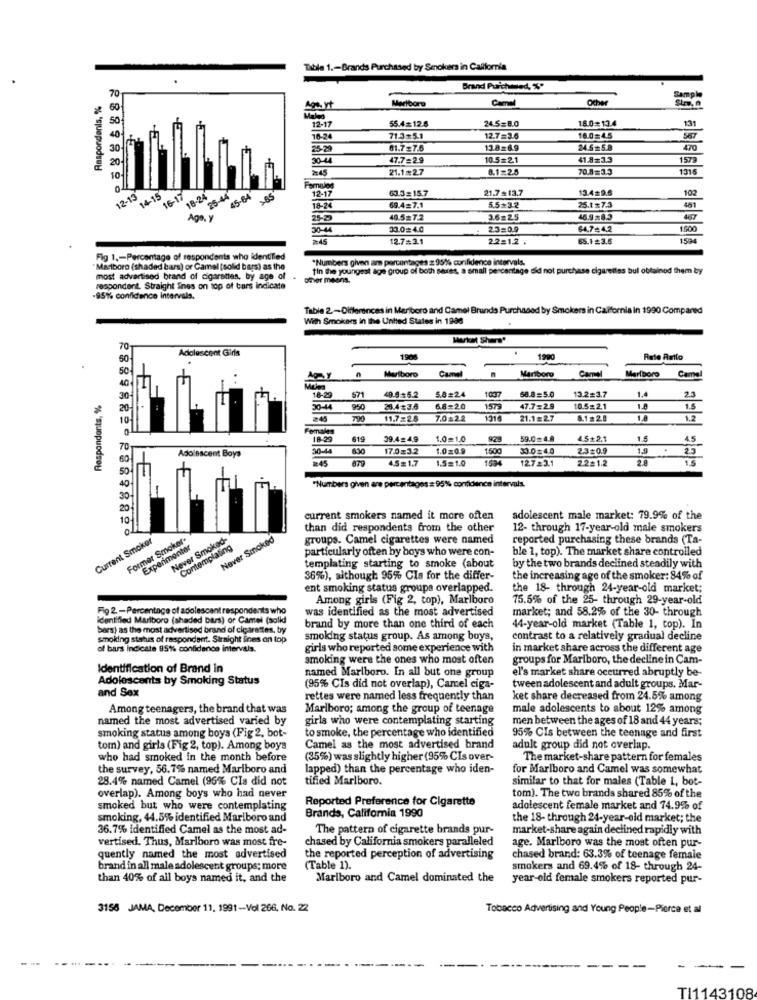
Table 1 .- Brands Purchased by Smokers in California
Brand Purchased, %"
Sample
Respondents, %
Marlboro
Carmel
Other
12-17
55.4=12.6
24.5=8.0
18.0= 13.4
1.31
16-24
71.3 5.1
12.7=3.6
18.0=4.5
25-29
01.7=7.6
13.8=69
24.5=5.8
470
30-44
47.7=29
10.5=2.1
41.8=3.3
1579
2145
21.1=27
8.1=2.5
70.8=3.3
1315
12-15
14-15
16-17
25-44
Formale
12-17
63.3 = 15.7
21.7.13.7
13.4#9.6
102
18-24
45-64
18-24
69.4=7.1
5.5=32
25.1 $ 7.3
481
40.5=7.2
3.6=25
46.9 .8.3
33.0=4.0
2.3=0.9
64.7= 4,2
1600
12.7=3.1
2.2=1.2 .
65.1=3.6
1534
Fig 1 .- Percentage of respondents who identified
*Numbers given am percentages z 95% confidence intervals.
"Maciboro (shaded bars) or Camel (solid bars) as the
tin the youngest age group of both seres, a small percentage did not purchase cigarettes bul obtainod them by
most advertised brand of cigarsties, by age of .
other means.
respondent. Straight Snes on top of tars indicate
85%% confidence intervals.
Table 2-Differences in Marlboro and Camel Brunds Purchased by Smokers in California in 1990 Compared
With Smokers in the United States in 1986
70-
Adolescent Girls
1906
1990
Rete Ratio
Marlboro
Camel
Marlboro
Camel
Marlboro
Camel
5.8#24
103
1.4
Respondents, %
18-29
571
40.9+5.2
58.8=5.0
13.2#3.7
2.3
30-44
950
25.4 ¢3.6
6.8=20
1575
47.7=29
10.5=21
1.5
245
700
11.7=2.5
7.0422
21.1=2.7
8.1 #28
Females
18-29
619
39.4.4.9
1.0=10
59.0=4.8
45+2.1
1.5
4.5
30-44
630
17.0=3.2
1.0209
150
33.0#4.0
2.3#0.9
1,9
.
23
Adolescent Boys
4.5= 1.7
1.5=1.0
1534
12.7 23.1
2.221.2
2.8
1.5
"Numbers given are percentages # 95% confidence intervals.
current smokers named it more often
adolescent male market: 79.9% of the
than did respondents from the other
12- through 17-year-old male smokers
Current Smoker
Former Smoker-
Never Smoked-
Never Smoked
groups. Camel cigarettes were named
reported purchasing these brands (Ta-
Experimentar
Contemplating
particularly often by boys who were con-
ble 1, top). The market share controlled
templating starting to smoke (about
by the two brands declined steadily with
36%), although 95% Cla for the differ-
the increasing age of the smoker: 84% of
ent smoking status groups overlapped.
the 18- through 24-year-old market;
Among girls (Fig 2, top), Marlboro
75.5% of the 25- through 29-year-old
Fig 2. - Percentage of adolescent respondents who
market; and 58.2% of the 30- through
identifled Marlboro (shaded bars) or Camel (solki
was identified as the most advertised
bars) as the most advertised brand of cigarettes, by
brand by more than one third of each
44-year-old market (Table 1, cop). In
Smoking status of respondent. Straight lines on top
smoking status group. As among boys,
contrast to a relatively gradual decline
of bars indicate 95% confidence intervals.
girls who reported some experience with
in market share across the different age
smoking were the ones who most often
groups for Marlboro, the decline in Cam-
Identification of Brand in
named Marlboro. In all but one group
el's market share occurred abruptly be-
Adolescents by Smoking Status
and Sex
(95% CIs did not overlap), Camel ciga-
tween adolescent and adult groups. Mar-
rettes were named less frequently than
ket share decreased from 24.5% among
Among teenagers, the brand that was
Marlboro; among the group of teenage
male adolescents to about 12% among
named the most advertised varied by
girls who were contemplating starting
men between the ages of 18 and 44 years;
to smoke, the percentage who identified
smoking status among boys (Fig 2, bot-
95% CIs between the teenage and first
tom) and girls (Fig 2, top). Among boys
Camel as the most advertised brand
adult group did not overlap.
who had smoked in the month before
(35%) was slightly higher (95% CIs over-
The market-share pattern for females
the survey, 56.7% named Marlboro and
lapped) than the percentage who iden-
for Marlboro and Camel was somewhat
28.4% named Camel (96% CIa did not
tified Marlboro.
similar to that for males (Table 1, bot-
overlap). Among boys who had never
Reported Preference for Cigarette
tom). The two brands shared 85% of the
smoked but who were contemplating
adolescent female market and 74.9% of
smoking, 44.5% identified Marlboro and
Brands, California 1990
the 18- through 24-year-old market; the
36.7% identified Camel as the most ad-
The pattern of cigarette brands pur-
market-share again declined rapidly with
vertised. Thus, Marlboro was most fre-
chased by California smokers paralleled
age. Marlboro was the most often pur-
quently named the most advertised
the reported perception of advertising
chased brand: 63.3% of teenage female
brand in all male adolescent groups; more
(Table 1).
smokers and 69.4% of 18- through 24-
than 40% of all boys named it, and the
Marlboro and Camel dominated the
year-old female smokers reported pur-
3156 JAMA, December 11, 1991-Vol 266, No. 22
Tobacco Advertising and Young People-Pierce et al
TI1143108